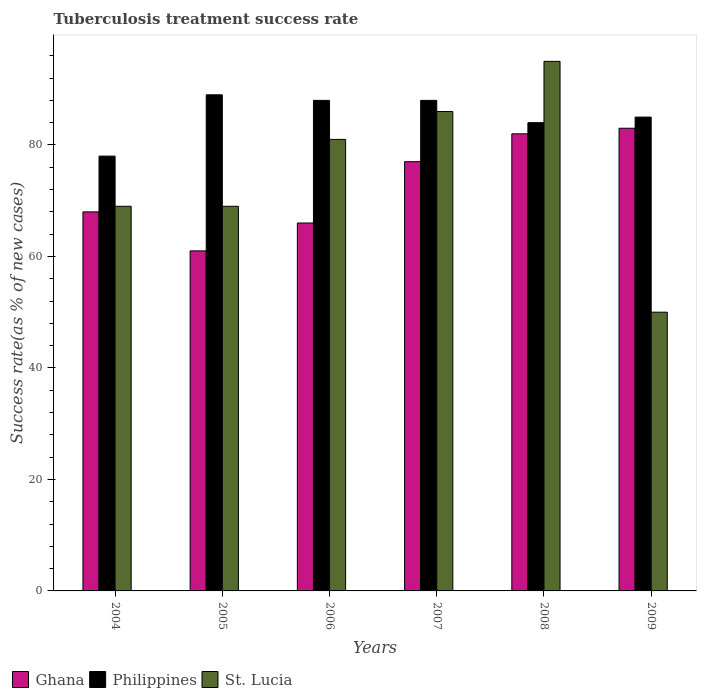
| Years | Ghana | Philippines | St. Lucia |
 | --- | --- | --- | --- |
 | 2004 | 68 | 78 | 69 |
 | 2005 | 61 | 89 | 69 |
 | 2006 | 66 | 88 | 81 |
 | 2007 | 77 | 88 | 86 |
 | 2008 | 82 | 84 | 95 |
 | 2009 | 83 | 85 | 50 |